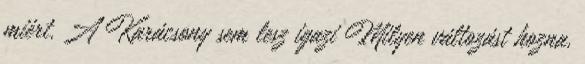
miért. A Karácsony sem lesz igazi Milyen változást hozna,